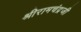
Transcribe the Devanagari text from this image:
श्रीरामचंद्रजी